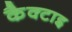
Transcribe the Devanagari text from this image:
कैक्टाइ